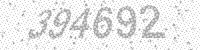
Solution: 394692